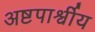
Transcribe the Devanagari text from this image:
अष्टपार्श्वीय